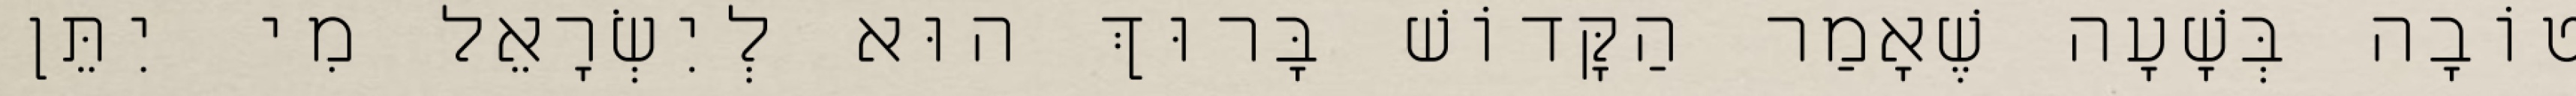
טוֹבָה בְּשָׁעָה שֶׁאָמַר הַקָּדוֹשׁ בָּרוּךְ הוּא לְיִשְׂרָאֵל מִי יִתֵּן